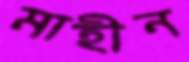
মাহীন